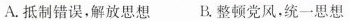
A.抵制错误，解放思想B.整顿党风，统一思想